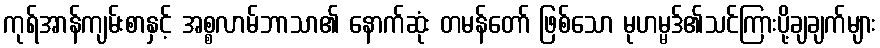
ကုရ်အာန်ကျမ်းစာနှင့် အစ္စလာမ်ဘာသာ၏ နောက်ဆုံး တမန်တော် ဖြစ်သော မုဟမ္မဒ်၏သင်ကြားပို့ချချက်များ